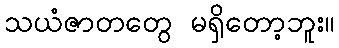
သယံဇာတတွေ မရှိတော့ဘူး။